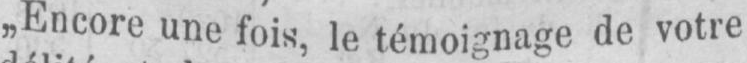
„Encore une fois, le témoignage de votre